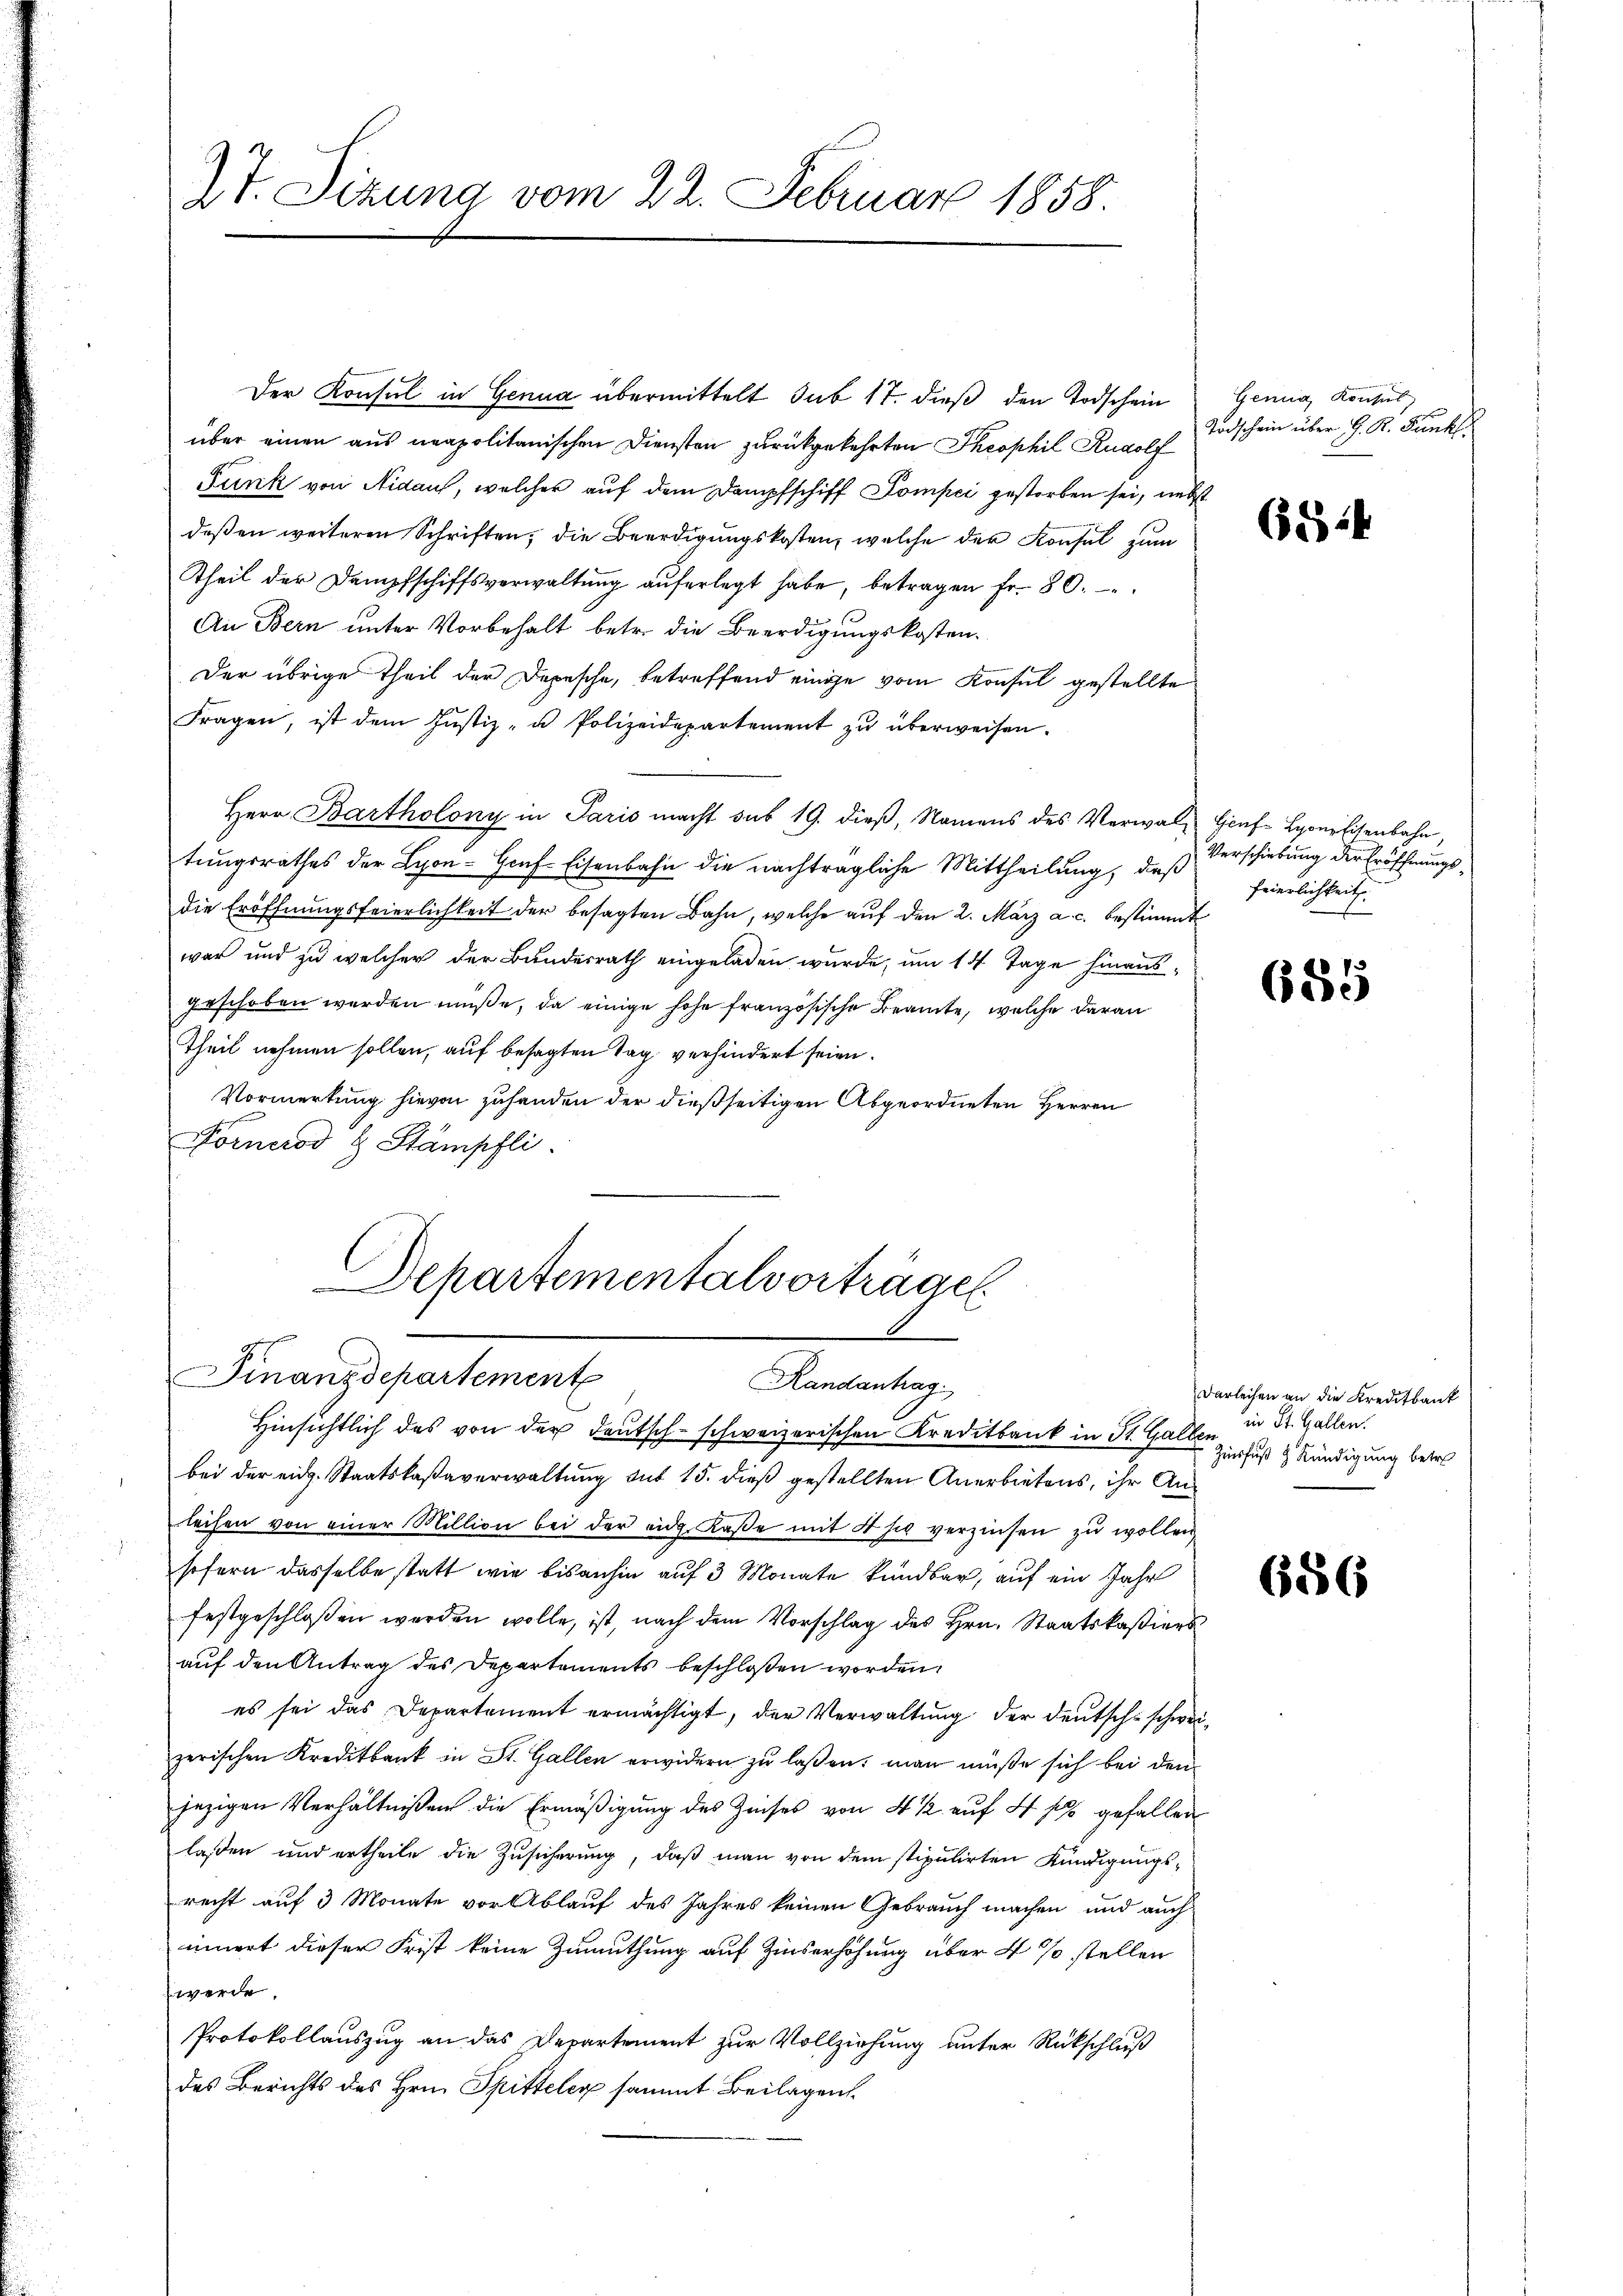
Zt. Sizung vom 22. Februar 1858.

über einen aus neapolitanischen Diensten zurückgekehrten Theophil Rudolf
Funk von Nidau, welcher auf dem Dampfschiff Compei gestorben sei, nebst
deßen weiteren Schriften, die Beerdigungskosten, welche der Konsul zum
Theil der Dampfschiffsverwaltŭng aŭferlegt habe, betragen fr. 80.
An Bern unter Vorbehalt betr. die Beerdigungskosten¬
Der übrige Theil der Depesche, betreffend einige vom Konsul gestellte
Fragen, ist dem Justiz- u Polizeidepartement zŭ überweisen.
Herr Bartholony in Paris macht sub 19. dieβ, Namens des Verwal- Genf Lyoneisenbahn,
tungsrathes der Lyon - Genf Eisenbahn die nachträgliche Mittheilung, daß
die Eröffnungsfeierlichkeit der besagten Bahn, welche auf den 2. März a. c. bestimmt
war und zu welcher der Bundesrath eingeladen wurde, um 14 Tage hinausgeschoben werden müße, da einige hohe französische Beamte, welche daran
Theil nehmen sollen, auf besagten Tag verhindert seien.
Vormerkung hievon zuhanden der dießseitigen Abgeordneten Herren
Fornerod H. Stämpfli
Departementalvorträgen

Der Konsul in Genua übermittelt sub 17. dieß den Todschein

Finanzdepartement
Randantrag
Hinsichtlich des von der Deutsch-schweizerischen Kreditbank in St. Gallen in St. Gallen.

Genua, Konsul,
Todschein über G. K. Funkt

bei der eidg. Staatskaßaverwaltung sub 15. dieß gestellten Anerbietens, ihr Anleihen von einer Million bei der eidg. Kasse mit 4 zu verzinsen zŭ wollen
sofern dasselbe statt wie bisanhin auf 3 Monate kündbar, auf ein Jahr
festgeschloßen werden wolle, ist, nach dem Vorschlag des Hrn. Staatskaßiers
auf den Antrag des Departements beschloßen worden,
es sei das Departement ermächtigt, der Verwaltung der deutsch-schweizerischen Kreditbank in St. Gallen erwidern zu laßen; man müße sich bei den
jezigen Verhältnißen die Ermäßigung des Zinses von 4 ½ auf 4 fl gefallen
laßen und ertheile die Zusicherung, daß man von dem stipulirten Kündigungsrecht auf 3 Monate vor Ablauf des Jahres keinen Gebrauch machen und auch
innert dieser Frist keine Zumuthung auf Zinserhöhung über 4 % stellen
werde.
Protokollauszug an das Departement zur Vollziehung unter Rückschluß
des Berichts des Hrn. Spitteler sammt Beilagen

654

Verschiebung der Eröffnungsfeierlichkeit.

685

Darleihen an die Kreditbank
Zinsfuß & Kündigung betre

656